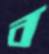
ব